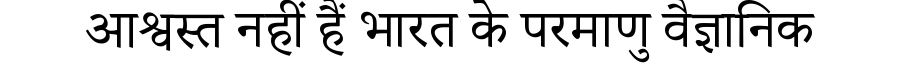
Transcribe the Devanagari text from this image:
आश्वस्त नहीं हैं भारत के परमाणु वैज्ञानिक